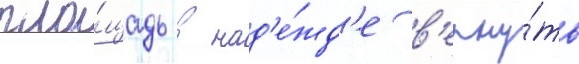
пло́щадь в над'е́жд'е в'ерну́ть